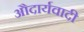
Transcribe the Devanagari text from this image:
औदार्यवादी